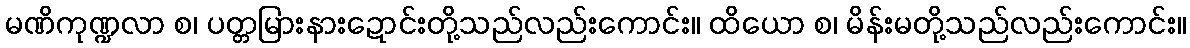
မဏိကုဏ္ဍလာ စ၊ ပတ္တမြားနားဍောင်းတို့သည်လည်းကောင်း။ ထိယော စ၊ မိန်းမတို့သည်လည်းကောင်း။